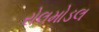
રોલમોડલ